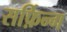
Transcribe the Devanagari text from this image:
सर्फ़िन्ग